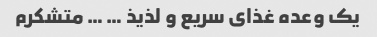
یک وعده غذای سریع و لذیذ … … متشکرم